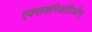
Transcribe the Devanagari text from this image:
एक्सकरिअटिओन्